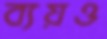
ব্যয়ও